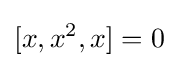
[x,x^{2},x]=0